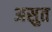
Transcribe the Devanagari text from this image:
असुत